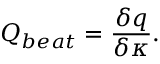
Q _ { b e a t } = \frac { \delta q } { \delta \kappa } .